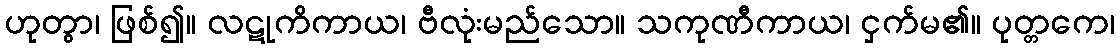
ဟုတွာ၊ ဖြစ်၍။ လဋုကိကာယ၊ ဗီလုံးမည်သော။ သကုဏီကာယ၊ ငှက်မ၏။ ပုတ္တကေ၊